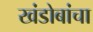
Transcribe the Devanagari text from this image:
खंडोबांचा